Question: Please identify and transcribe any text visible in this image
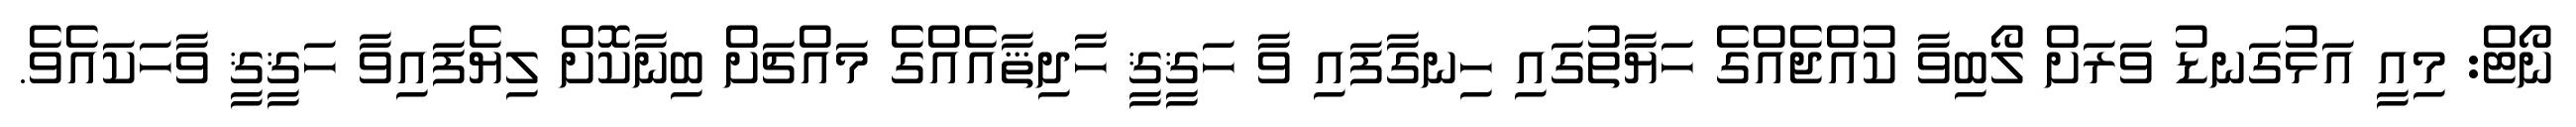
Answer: ނޯޓް: މިއީ އަޅުގަނޑު ވަރަށް ލޯބިވާ ކުއްޖެއްގެ ހަޔާތުގައި ހިނގާފައި ވާ ހަޤީޤީ ހާދިޘާއެއްގެ މައްޗަށް ބިނާކޮށް ލިޔެފައިވާ ހަޤީޤީ ވާހަކައެވެ.